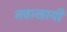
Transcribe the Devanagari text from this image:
नवाखायी